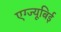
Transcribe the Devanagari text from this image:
एग्ज्यूबिई